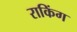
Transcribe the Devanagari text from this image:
राकिंग